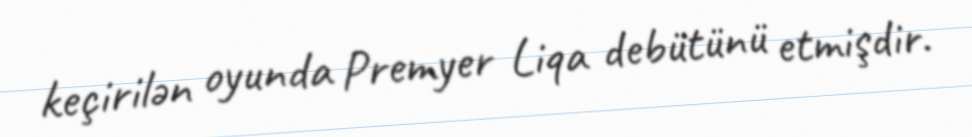
keçirilən oyunda Premyer Liqa debütünü etmişdir.